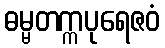
ဓမ္မတက္ကပုရေဇဝံ